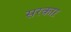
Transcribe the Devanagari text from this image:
सरकाऱ